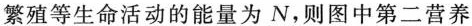
繁殖等生命活动的能量为N，则图中第二营养